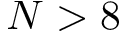
N > 8